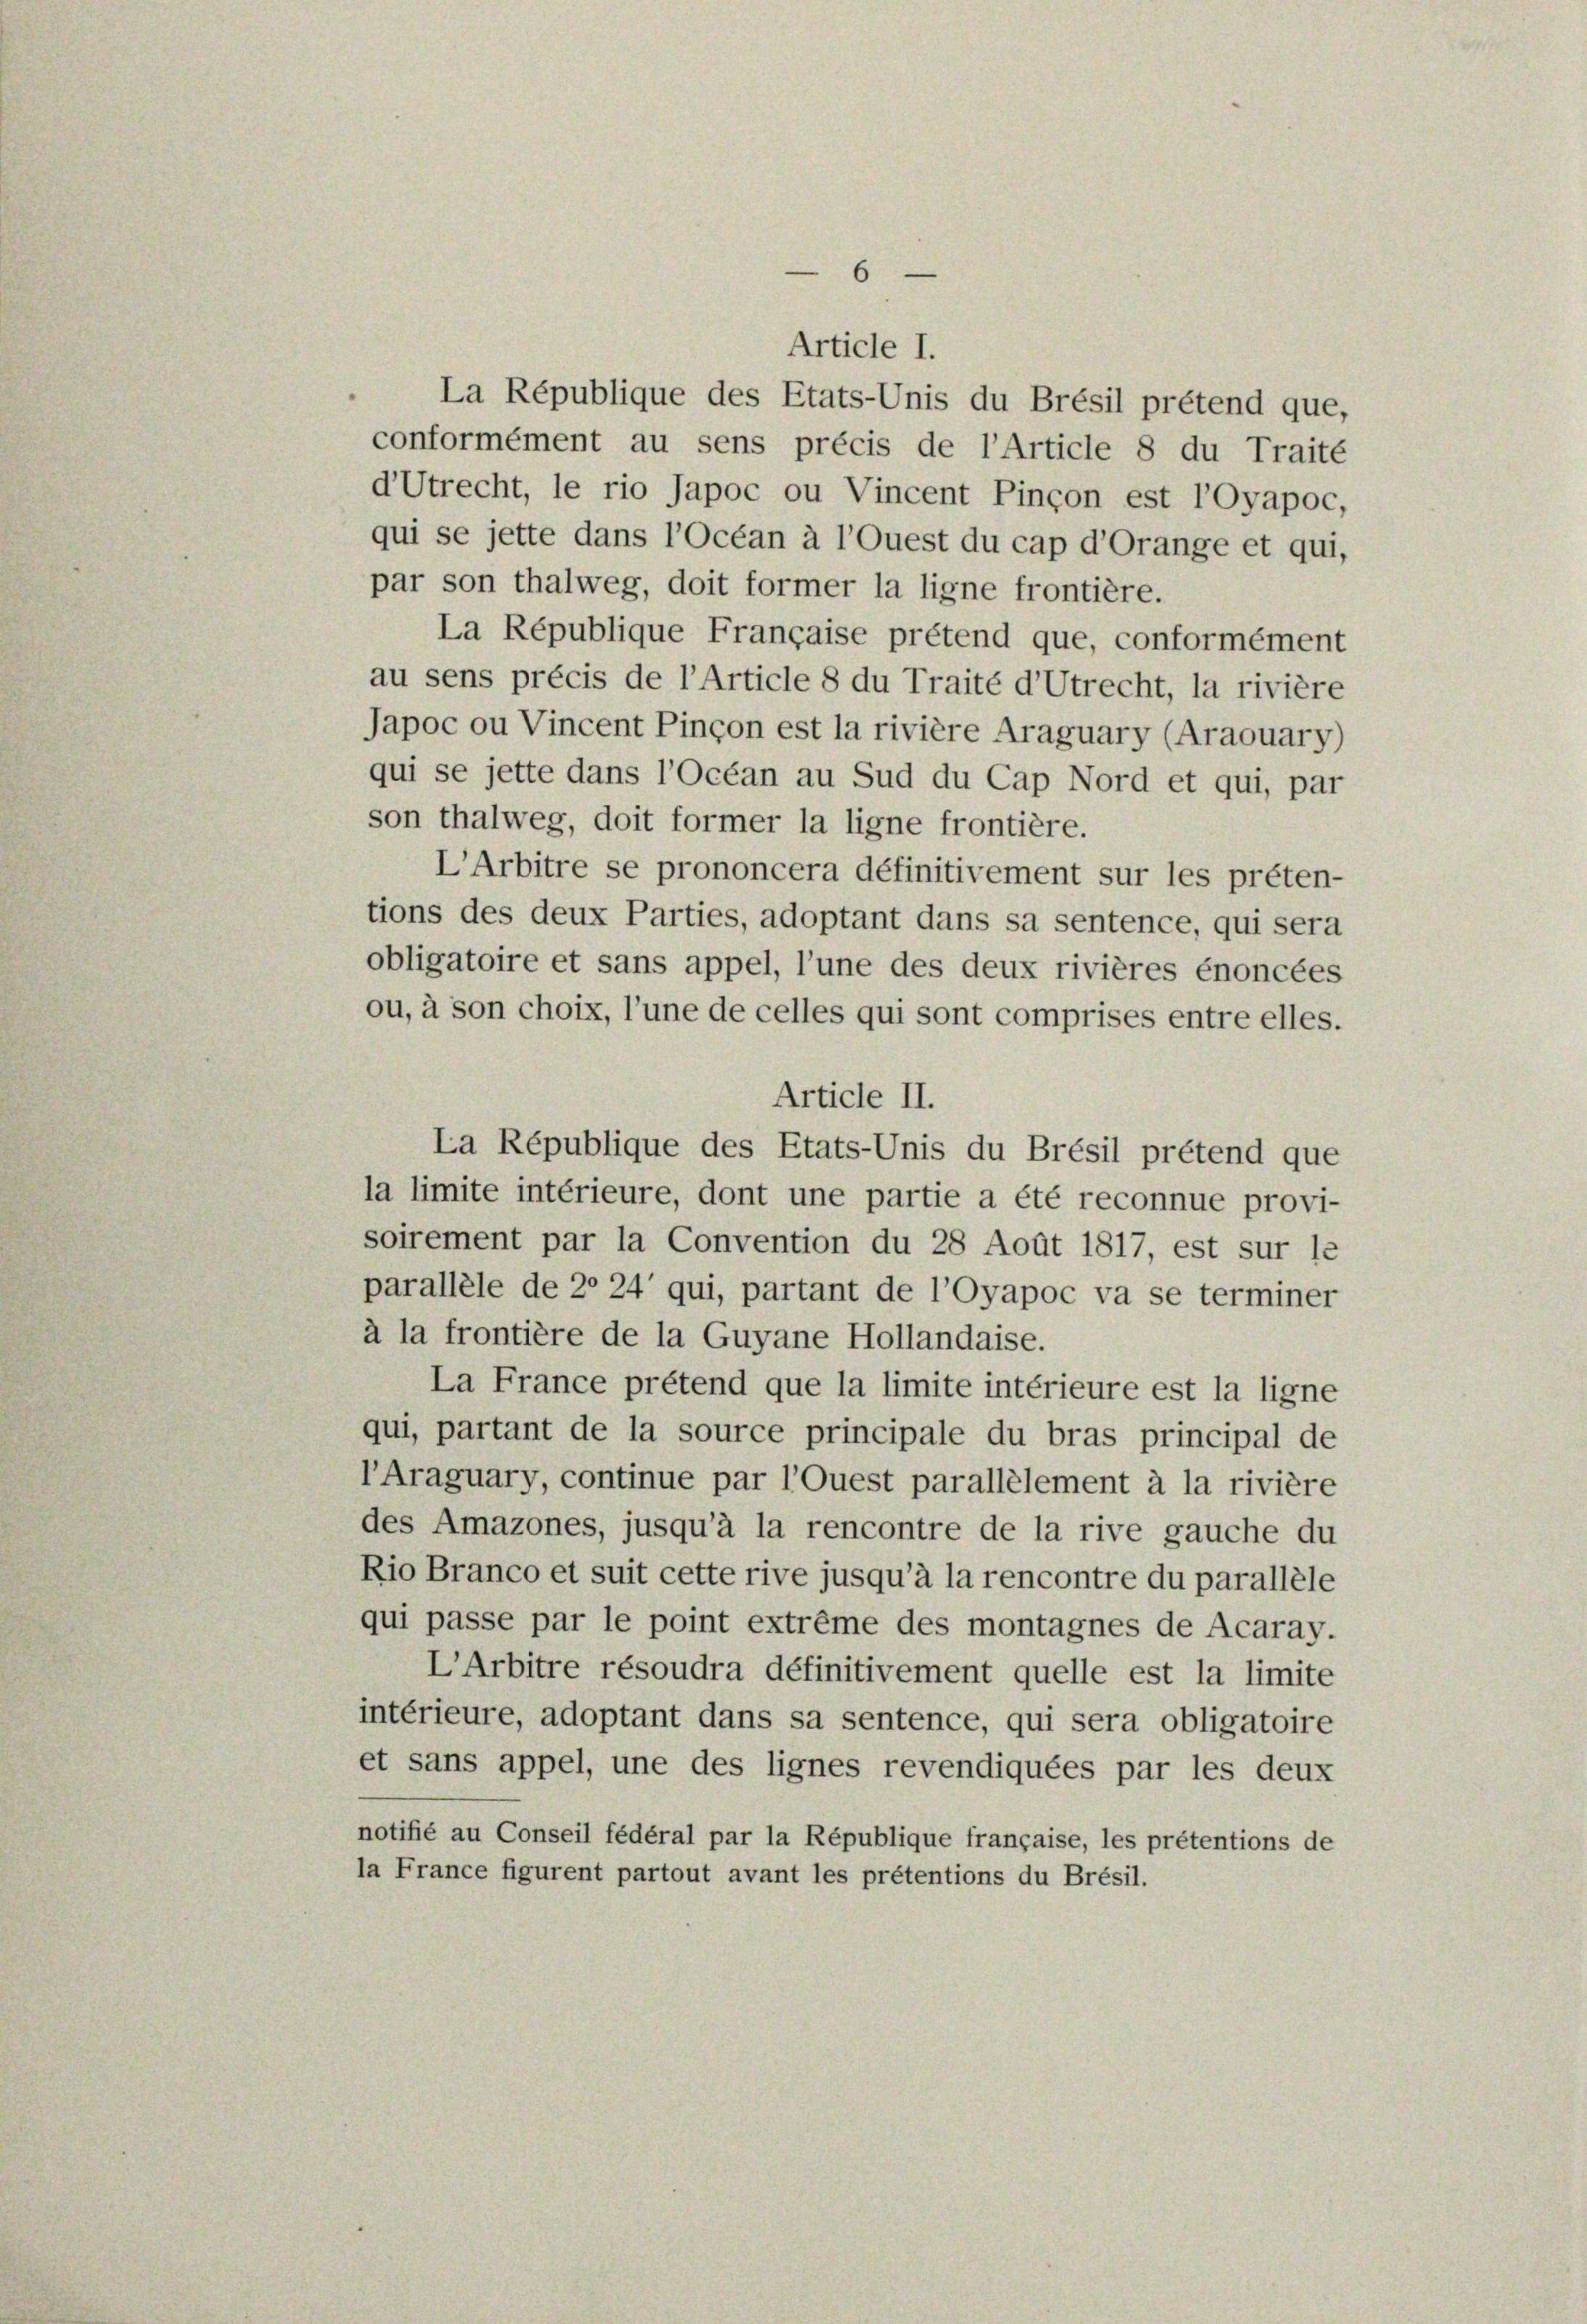
6

Article I.
La République des Etats-Unis du Brésil prétend que,
conformément au sens précis de l’Article 8 du Traité
dUtrecht, le rio Japoc ou Vincent Pinçon est l’Oyapoc,
qui se jette dans l’Ocean à l’Quest du cap d’Orange et qui,
par son thalweg, doit former la ligne frontière.
La République Française prétend que, conformément
au sens précis de l’Article 8 du Traité d’Utrecht, la rivière
Japoc ou Vincent Pinçon est la rivière Araguary (Araouary)
qui se jette dans l’Océan au Sud du Cap Nord et qui, par
son thalweg, doit former la ligne frontière.
L’Arbitre se prononcera définitivement sur les préten-
tions des deux Parties, adoptant dans sa sentence, qui sera
obligatoire et sans appel, l’une des deux rivières énoncées
ou, à son choix, l’une de celles qui sont comprises entre elles.
Article II.
La République des Etats-Unis du Brésil prétend que
la limite intérieure, dont une partie a été reconnue provi-
soirement par la Convention du 28 Aodt 1817, est sur le
parallele de 2 24' qui, partant de l’Oyapoc va se terminer
à la frontière de la Guyane Hollandaise.
La France prétend que la limite intérieure est la ligne
qui, partant de la source principale du bras principal de
lAraguary, continue par l’Quest parallelement à la rivière
des Amazones, jusqu’à la rencontre de la rive gauche du
Rio Branco et suit cette rive jusqu’à la rencontre du parallele
qui passe par le point extrême des montagnes de Acaray.
L’Arbitre résoudra définitivement quelle est la limite
intérieure, adoptant dans sa sentence, qui sera obligatoire
et sans appel, une des lignes revendiquées par les deux
notifié au Conseil fédéral par la République française, les prétentions de
la France figurent partout avant les prétentions du Brésil.